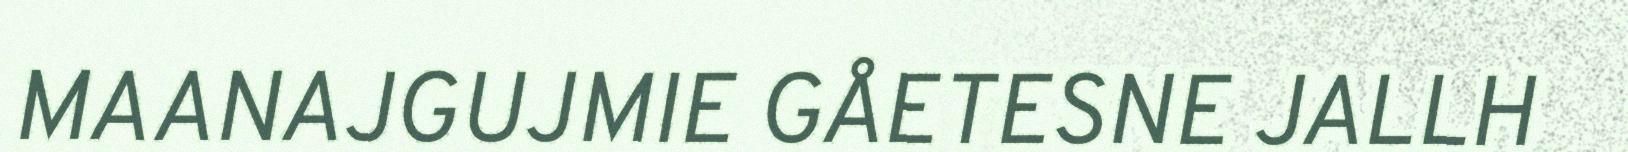
MAANAJGUJMIE GÅETESNE JALLH